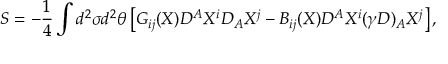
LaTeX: S = - \frac { 1 } { 4 } \int d ^ { 2 } \sigma d ^ { 2 } \theta \left[ G _ { i j } ( X ) D ^ { A } X ^ { i } D _ { A } X ^ { j } - B _ { i j } ( X ) D ^ { A } X ^ { i } ( \gamma D ) _ { A } X ^ { j } \right] ,